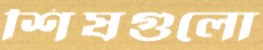
শিষগুলো